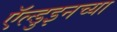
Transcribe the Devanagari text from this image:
ऍल्डुइनच्या